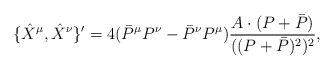
\begin{align*}\{\hat{X}^{\mu }, \hat{X}^{\nu}\}'=4(\bar{P}^{\mu }P^{\nu}-\bar{P}^{\nu}P^{\mu})\frac{A\cdot (P+\bar{P})}{((P+\bar{P})^2)^2},\end{align*}